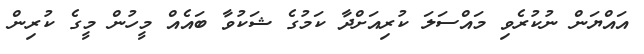
އައްޔަން ނުކުރެވި މައްސަލަ ކުރިއަށްދާ ކަމުގެ ޝަކުވާ ބައެއް މީހުން މީގެ ކުރިން